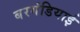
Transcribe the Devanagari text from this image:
बरगंडियाई